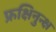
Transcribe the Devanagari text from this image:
फ्रक्षिनुन्क्ष